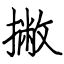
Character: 撇